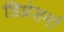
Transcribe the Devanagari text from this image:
डिप्रेशनों